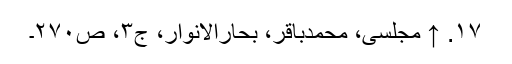
۱۷. ↑ مجلسی، محمدباقر، بحارالانوار، ج‌۳، ص‌۲۷۰۔